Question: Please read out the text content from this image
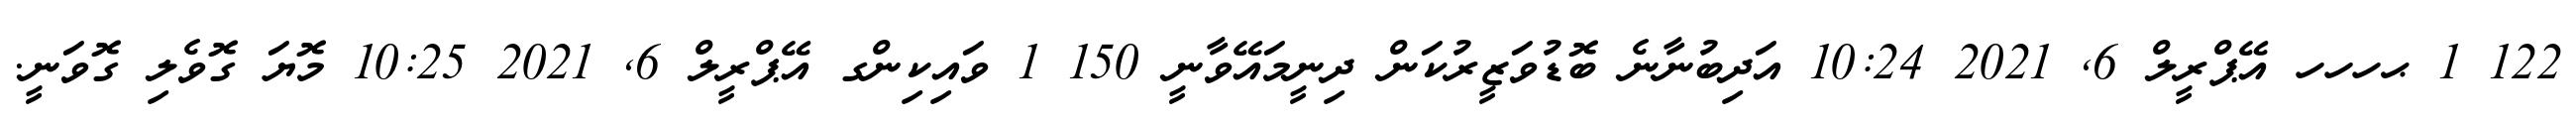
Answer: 122 1 ޙހހހ އޭޕްރީލް 6, 2021 10:24 އަދިބުނާނެ ބޮޑުވަޒީރުކަން ދިނީމައޭވާނީ 150 1 ވައިކިންގ އޭޕްރީލް 6, 2021 10:25 މޮޔަ ގޮވެލި ގޮވަނީ.